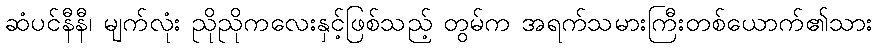
ဆံပင်နီနီ၊ မျက်လုံး ညိုညိုကလေးနှင့်ဖြစ်သည့် တွမ်က အရက်သမားကြီးတစ်ယောက်၏သား